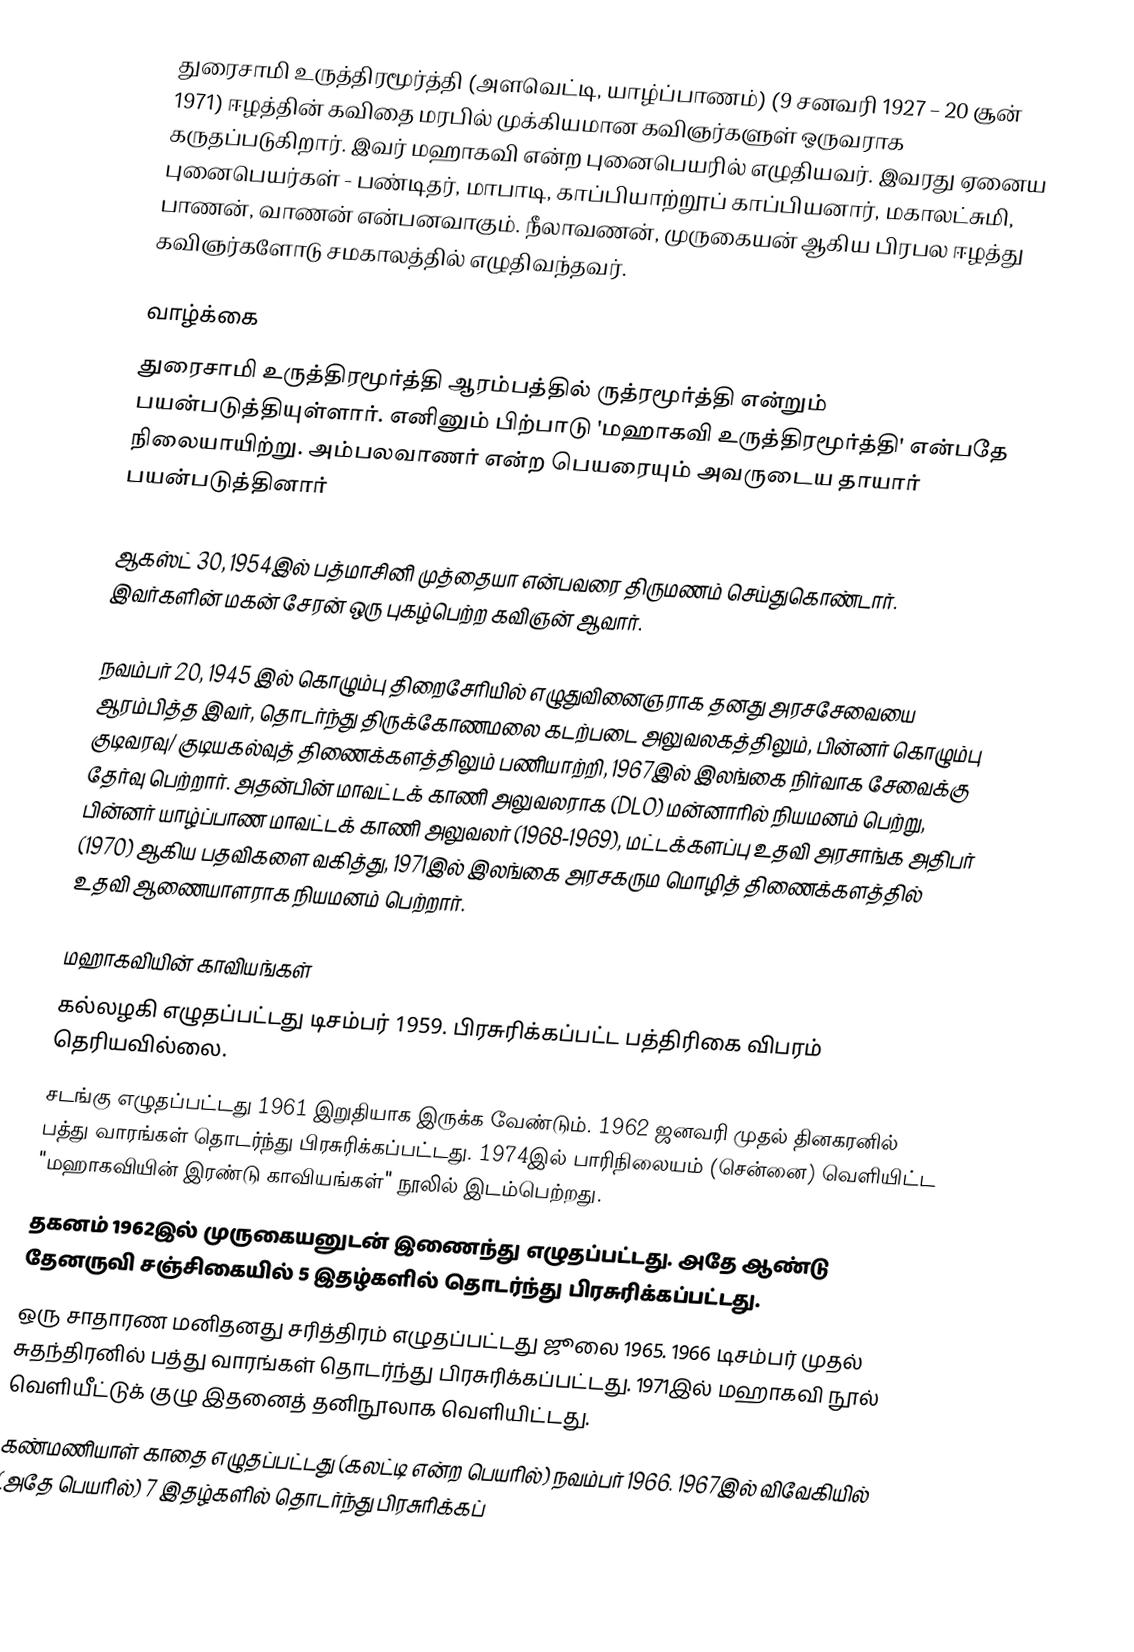
துரைசாமி உருத்திரமூர்த்தி (அளவெட்டி, யாழ்ப்பாணம்) (9 சனவரி 1927 – 20 சூன் 1971) ஈழத்தின் கவிதை மரபில் முக்கியமான கவிஞர்களுள் ஒருவராக கருதப்படுகிறார். இவர் மஹாகவி என்ற புனைபெயரில் எழுதியவர். இவரது ஏனைய புனைபெயர்கள் - பண்டிதர், மாபாடி, காப்பியாற்றூப் காப்பியனார், மகாலட்சுமி, பாணன், வாணன் என்பனவாகும். நீலாவணன், முருகையன் ஆகிய பிரபல ஈழத்து கவிஞர்களோடு சமகாலத்தில் எழுதிவந்தவர்.

வாழ்க்கை
துரைசாமி உருத்திரமூர்த்தி ஆரம்பத்தில் ருத்ரமூர்த்தி என்றும் பயன்படுத்தியுள்ளார். எனினும் பிற்பாடு 'மஹாகவி உருத்திரமூர்த்தி' என்பதே நிலையாயிற்று. அம்பலவாணர் என்ற பெயரையும் அவருடைய தாயார் பயன்படுத்தினார்

ஆகஸ்ட் 30, 1954இல் பத்மாசினி முத்தையா என்பவரை திருமணம் செய்துகொண்டார். இவர்களின் மகன் சேரன் ஒரு புகழ்பெற்ற கவிஞன் ஆவார்.

நவம்பர் 20, 1945 இல் கொழும்பு திறைசேரியில் எழுதுவினைஞராக தனது அரசசேவையை ஆரம்பித்த இவர், தொடர்ந்து திருக்கோணமலை கடற்படை அலுவலகத்திலும், பின்னர் கொழும்பு குடிவரவு/ குடியகல்வுத் திணைக்களத்திலும் பணியாற்றி, 1967இல் இலங்கை நிர்வாக சேவைக்கு தேர்வு பெற்றார். அதன்பின் மாவட்டக் காணி அலுவலராக (DLO) மன்னாரில் நியமனம் பெற்று, பின்னர் யாழ்ப்பாண மாவட்டக் காணி அலுவலர் (1968-1969), மட்டக்களப்பு உதவி அரசாங்க அதிபர் (1970) ஆகிய பதவிகளை வகித்து, 1971இல் இலங்கை அரசகரும மொழித் திணைக்களத்தில் உதவி ஆணையாளராக நியமனம் பெற்றார்.

மஹாகவியின் காவியங்கள்
 கல்லழகி எழுதப்பட்டது டிசம்பர் 1959. பிரசுரிக்கப்பட்ட பத்திரிகை விபரம் தெரியவில்லை.
 சடங்கு  எழுதப்பட்டது 1961 இறுதியாக இருக்க வேண்டும். 1962 ஜனவரி முதல் தினகரனில் பத்து வாரங்கள் தொடர்ந்து பிரசுரிக்கப்பட்டது. 1974இல் பாரிநிலையம் (சென்னை) வெளியிட்ட "மஹாகவியின் இரண்டு காவியங்கள்" நூலில் இடம்பெற்றது.
 தகனம்  1962இல் முருகையனுடன் இணைந்து எழுதப்பட்டது. அதே ஆண்டு தேனருவி சஞ்சிகையில் 5 இதழ்களில் தொடர்ந்து பிரசுரிக்கப்பட்டது.
 ஒரு சாதாரண மனிதனது சரித்திரம் எழுதப்பட்டது ஜூலை 1965. 1966 டிசம்பர் முதல் சுதந்திரனில் பத்து வாரங்கள் தொடர்ந்து பிரசுரிக்கப்பட்டது. 1971இல் மஹாகவி நூல் வெளியீட்டுக் குழு இதனைத் தனிநூலாக வெளியிட்டது.
 கண்மணியாள் காதை எழுதப்பட்டது (கலட்டி என்ற பெயரில்) நவம்பர் 1966. 1967இல் விவேகியில் (அதே பெயரில்) 7 இதழ்களில் தொடர்ந்து பிரசுரிக்கப்